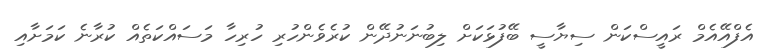
އެފްއޭއެމް ރައީސްކަން ސިޔާސީ ބޭފުޅަކަށް ލިބުނަނުދޭން ކުރެވެންހުރި ހުރިހާ މަސައްކަތެއް ކުރާނެ ކަމަށާއި